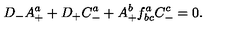
D _ { - } A _ { + } ^ { a } + D _ { + } C _ { - } ^ { a } + A _ { + } ^ { b } f _ { b c } ^ { a } C _ { - } ^ { c } = 0 .